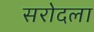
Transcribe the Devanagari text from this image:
सरोदला